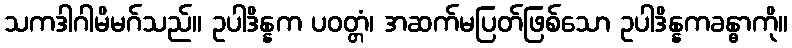
သကဒါဂါမိမဂ်သည်။ ဥပါဒိန္နက ပဝတ္တံ၊ အဆက်မပြတ်ဖြစ်သော ဥပါဒိန္နကခန္ဓာကို။